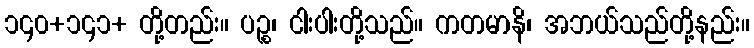
၁၄၀+၁၄၁+ တို့တည်း။ ပဉ္စ၊ ငါးပါးတို့သည်။ ကတမာနိ၊ အဘယ်သည်တို့နည်း။